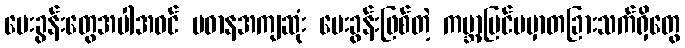
မေးခွန်းတွေအပါအဝင် ပဓာနအကျဆုံး မေးခွန်းဖြစ်တဲ့ ကမ္ဘာ့ပြင်ပမှာတခြားသက်ရှိတွေ